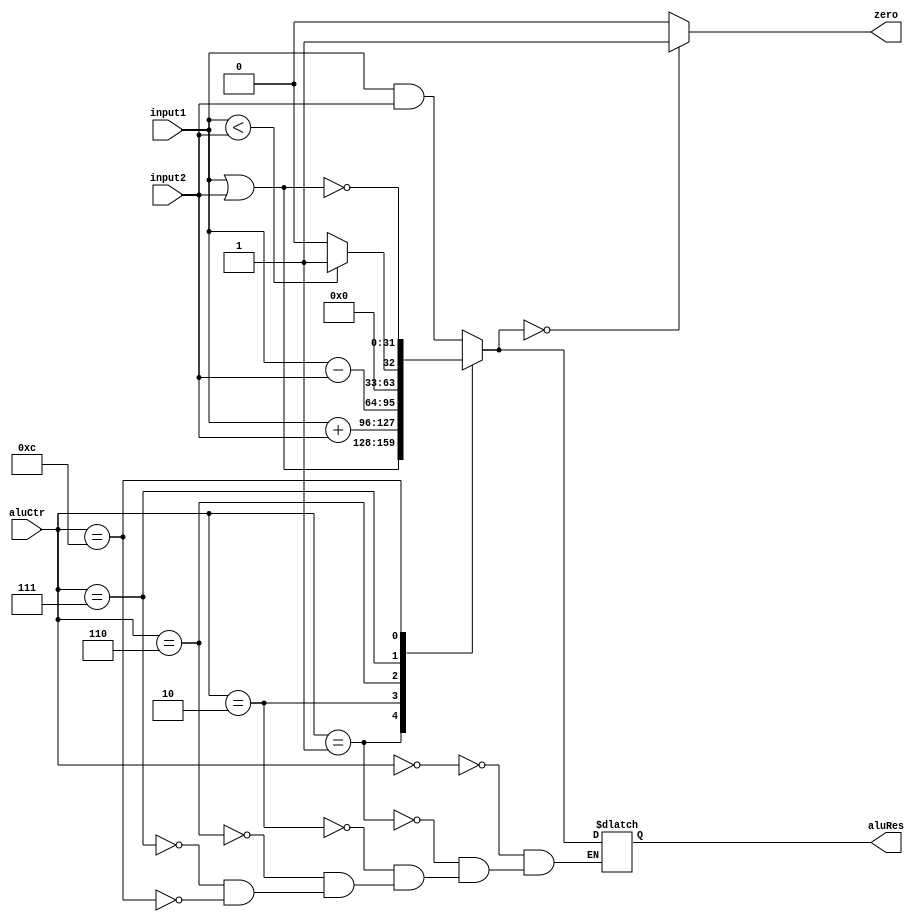
`timescale 1ns / 1ps
//////////////////////////////////////////////////////////////////////////////////
// Company: 
// Engineer: 
// 
// Design Name: 
// Module Name: ALU
// Project Name: 
// Target Devices: 
// Tool Versions: 
// Description: 
// 
// Dependencies: 
// 
// Revision:
// Revision 0.01 - File Created
// Additional Comments:
// 
//////////////////////////////////////////////////////////////////////////////////


module ALU(
    input [31:0] input1,
    input [31:0] input2,
    input [3:0] aluCtr,
    output reg zero,
    output reg [31:0] aluRes
    );

    always @(input1 or input2 or aluCtr) begin
        case (aluCtr)
        4'b0000: aluRes = input1 & input2;
        4'b0001: aluRes = input1 | input2;
        4'b0010: aluRes = input1 + input2;
        4'b0110: aluRes = input1 - input2;
        4'b0111: aluRes = $signed(input1) < $signed(input2) ? 1 : 0;
        4'b1100: aluRes = ~(input1 | input2);
        endcase
        if (aluRes == 0) zero = 1;
        else zero = 0;
    end

endmodule